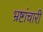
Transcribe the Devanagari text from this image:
भ्रष्टांचारी